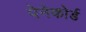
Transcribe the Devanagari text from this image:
पेनेकोर्ड